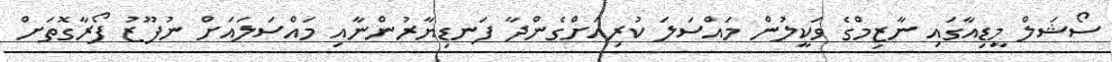
ސޯޝަލް މީޑިއާގައި ނާޒިމްގެ ވަކީލުން މައްސަލަ ކުރިއަށްގެންދާ ފަނޑިޔާރުންނާއި މައްސަލައަށް ނުފޫޒު ފޯރާގޮޮތަށް